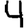
Digit: 4